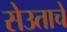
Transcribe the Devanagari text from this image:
सेउताचे